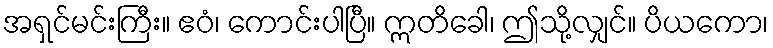
အရှင်မင်းကြီး။ ဧဝံ၊ ကောင်းပါပြီ။ ဣတိခေါ၊ ဤသို့လျှင်။ ပိယကော၊